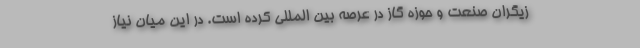
زیگران صنعت و حوزه گاز در عرصه بین المللی کرده است. در این میان نیاز